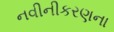
નવીનીકરણના